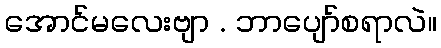
အောင်မလေးဗျာ . ဘာပျော်စရာလဲ။